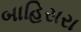
બાહિસરા